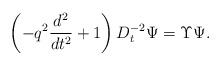
\begin{align*} \left(-q^2\frac{d^2}{dt^2}+1\right)D^{-2}_{t}\Psi = \Upsilon \Psi.\end{align*}